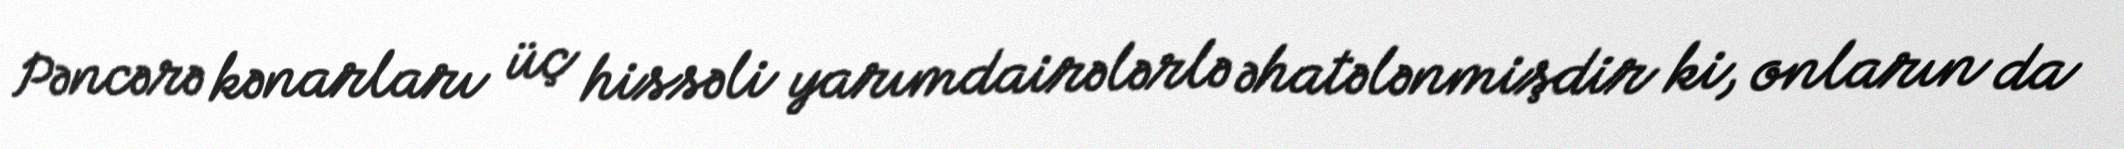
Pəncərə kənarları üç hissəli yarımdairələrlə əhatələnmişdir ki, onların da